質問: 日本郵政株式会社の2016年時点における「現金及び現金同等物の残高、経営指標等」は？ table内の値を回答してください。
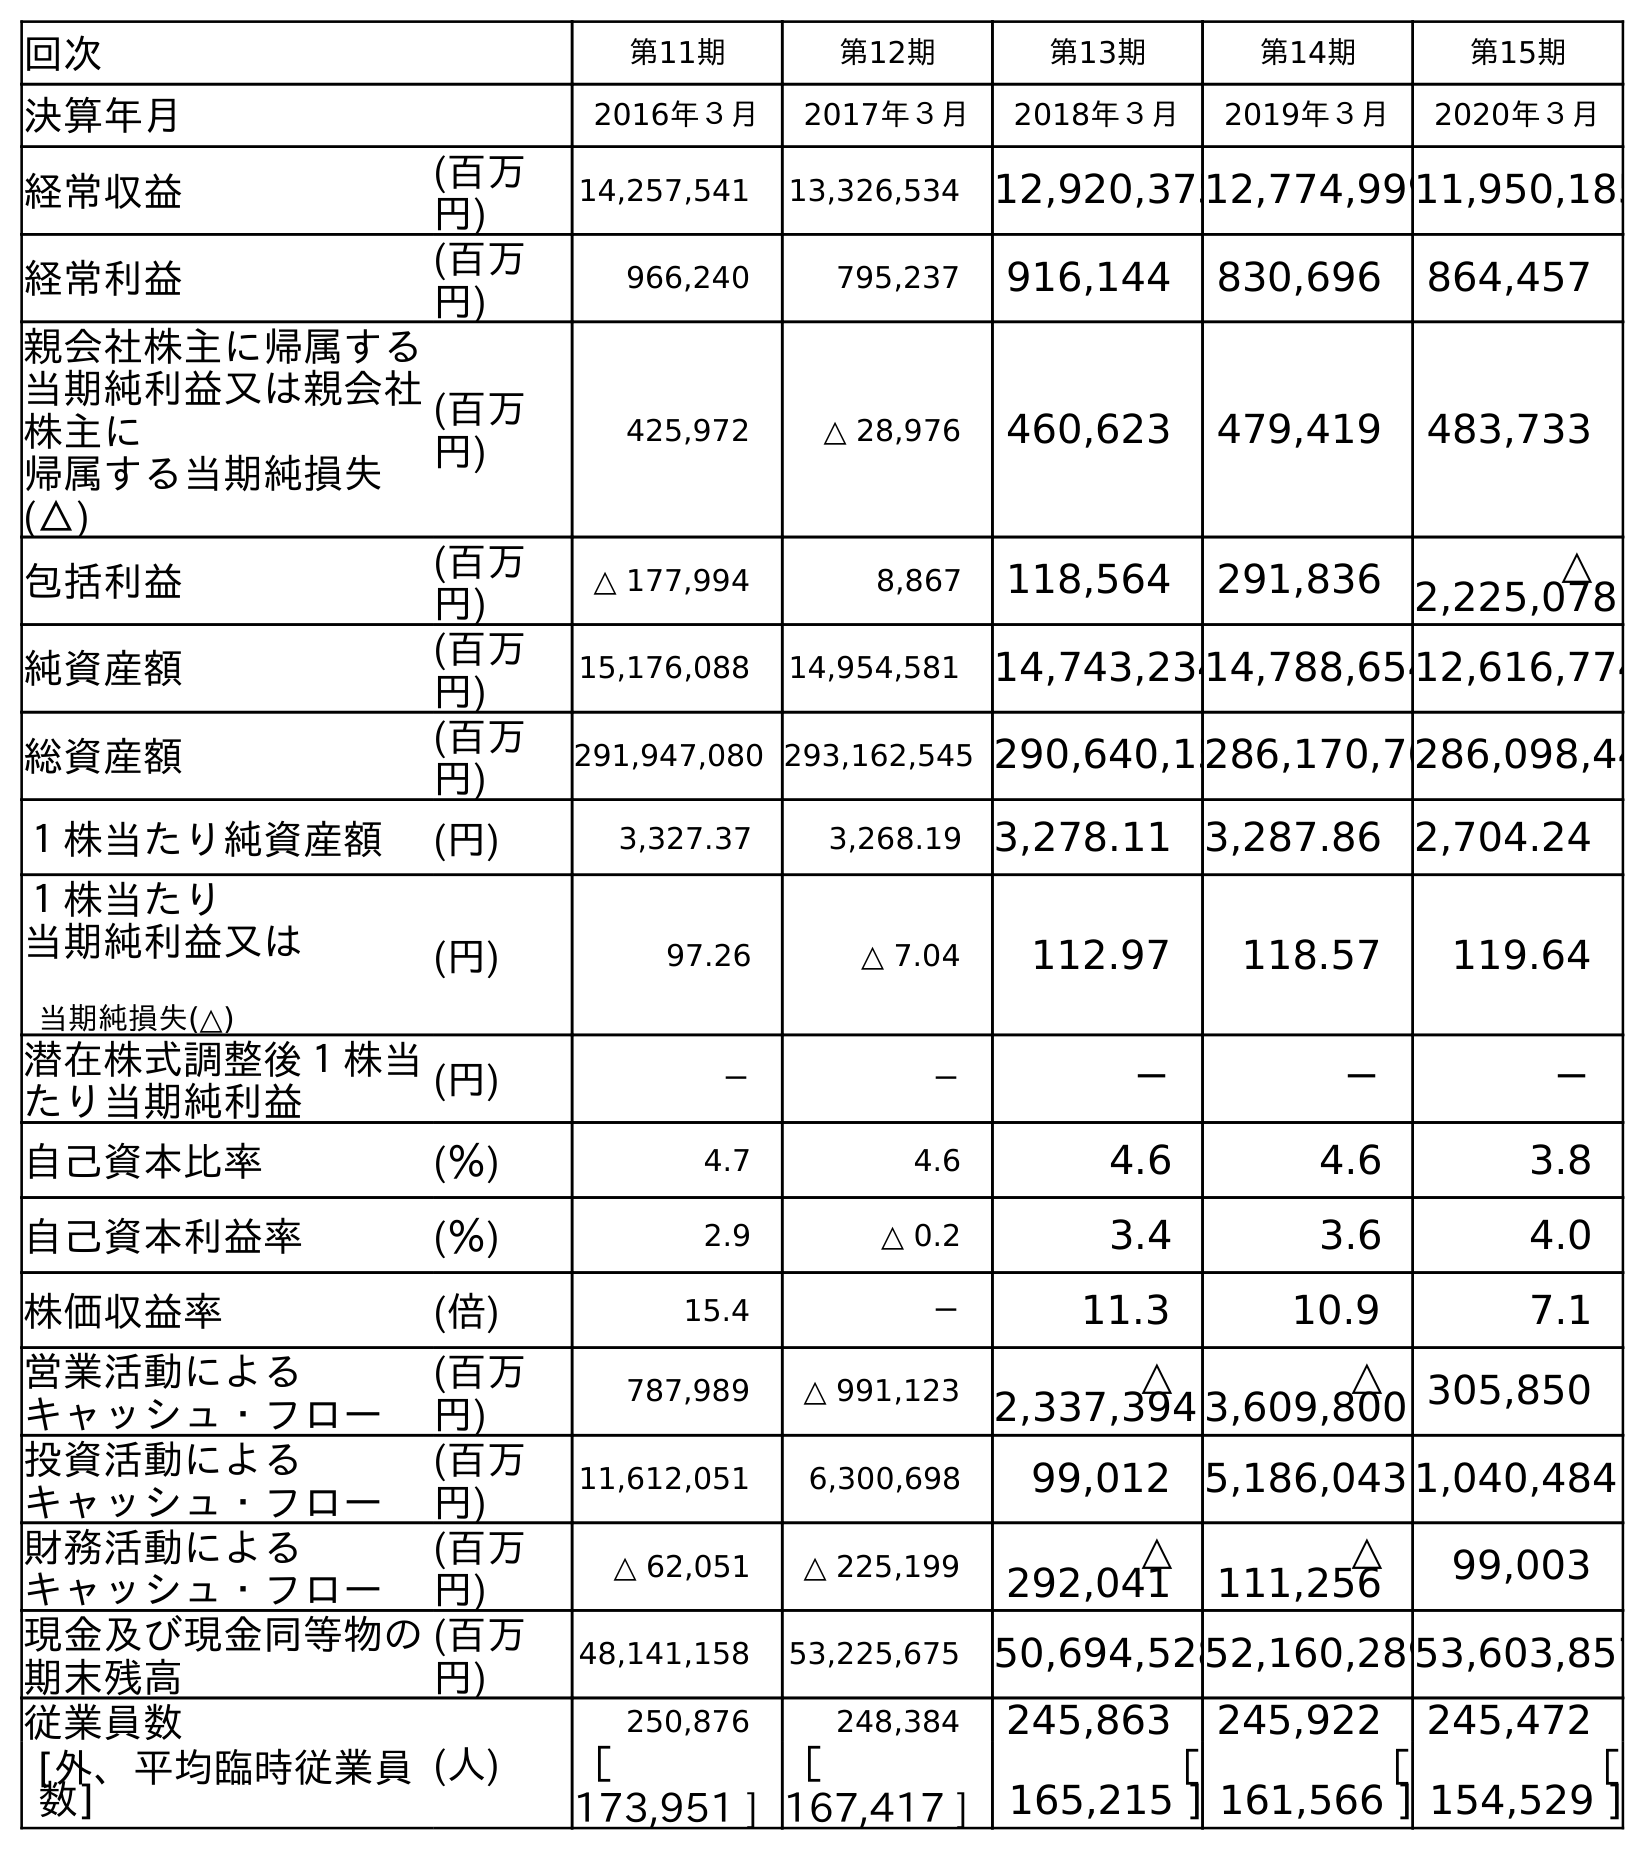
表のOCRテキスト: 回次 第11期 第12期 第13期 第14期 第15期 決算年月 2016年３月 2017年３月 2018年３月 2019年３月 2020年３月 経常収益 (百万 円) 14,257,541 13,326,534 12,920,37512,774,99911,950,185 経常利益 (百万 円) 966,240 795,237 916,144 830,696 864,457 親会社株主に帰属する 当期純利益又は親会社 株主に 帰属する当期純損失 (△) (百万 円) 425,972 △ 28,976 460,623 479,419 483,733 包括利益 (百万 円) △ 177,994 8,867 118,564 291,836 △ 2,225,078 純資産額 (百万 円) 15,176,088 14,954,581 14,743,23414,788,65412,616,774 総資産額 (百万 円) 291,947,080 293,162,545 290,640,15286,170,70286,098,44 １株当たり純資産額 (円) 3,327.37 3,268.19 3,278.11 3,287.86 2,704.24 １株当たり 当期純利益又は 当期純損失(△) (円) 97.26 △ 7.04 112.97 118.57 119.64 潜在株式調整後１株当 たり当期純利益 (円) － － － － － 自己資本比率 (％) 4.7 4.6 4.6 4.6 3.8 自己資本利益率 (％) 2.9 △ 0.2 3.4 3.6 4.0 株価収益率 (倍) 15.4 － 11.3 10.9 7.1 営業活動による キャッシュ・フロー (百万 円) 787,989 △ 991,123 △ 2,337,394 △ 3,609,800 305,850 投資活動による キャッシュ・フロー (百万 円) 11,612,051 6,300,698 99,012 5,186,043 1,040,484 財務活動による キャッシュ・フロー (百万 円) △ 62,051 △ 225,199 △ 292,041 △ 111,256 99,003 現金及び現金同等物の 期末残高 (百万 円) 48,141,158 53,225,675 50,694,52852,160,28953,603,857 従業員数 (人) 250,876 248,384 245,863 245,922 245,472 [外、平均臨時従業員 数] ［ 173,951 ] ［ 167,417 ] ［ 165,215 ] ［ 161,566 ] ［ 154,529 ]
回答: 48,141,158